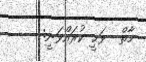
މާތް  ވަޙީ ކުރައްވަނީ: